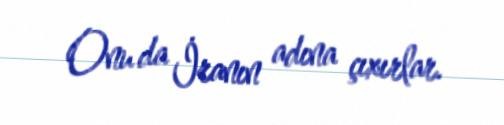
Onu da İranın adına çıxırlar.